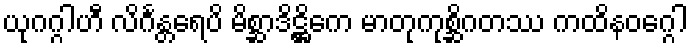
ယုဂဂ္ဂါဟီ လိင်္ဂန္တရေပိ မိစ္ဆာဒိဋ္ဌိကေ မာတုကုစ္ဆိဂတဿ ကထိနဝဂ္ဂေါ